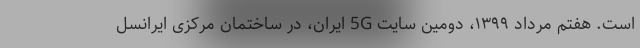
است. هفتم مرداد ۱۳۹۹، دومین سایت 5G ایران، در ساختمان مرکزی ایرانسل